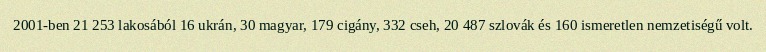
2001-ben 21 253 lakosából 16 ukrán, 30 magyar, 179 cigány, 332 cseh, 20 487 szlovák és 160 ismeretlen nemzetiségű volt.